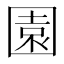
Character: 園